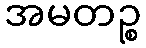
အမတဉ္စ